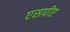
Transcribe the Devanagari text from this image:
एसपीए